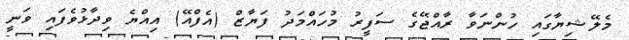
މެލޭޝިޔާގައި ހުންނަވާ ރާއްޖޭގެ ސަފީރު މުހައްމަދު ފަޔާޒް (އެފްއޭ) އިއްޔެ ވިދާޅުވެފައި ވަނީ